Sketch of the medical history of the native army of Bombay, for the year
Year: 1876
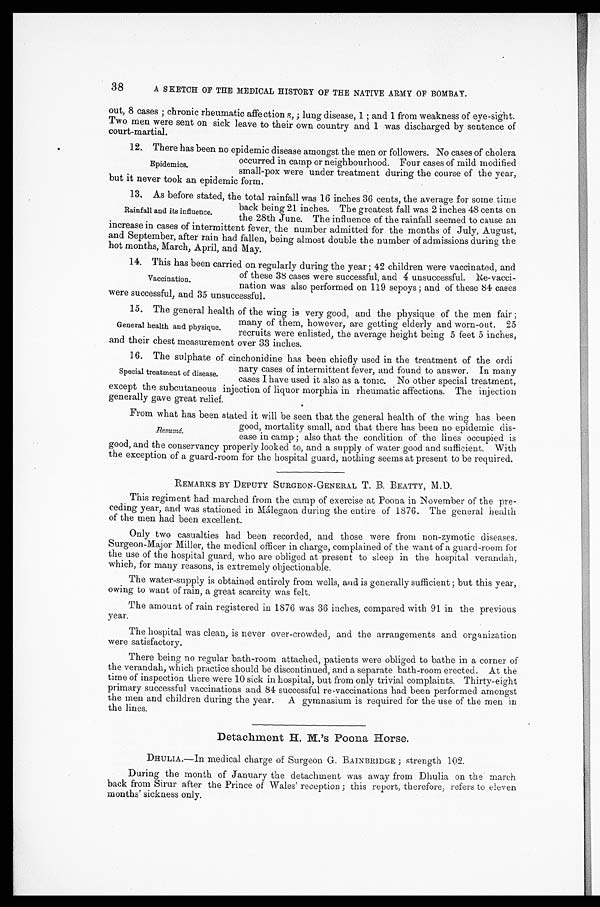
38
A SKETCH OF THE MEDICAL HISTORY OF THE NATIVE ARMY OF BOMBAY.
out, 8 cases; chronic rheumatic affections, ; lung disease, 1; and 1 from weakness of eye-sight.
Two men were sent on sick leave to their own country and 1 was discharged by sentence of
court-martial.
1 2 . T h e r e h a s b e e n n o e p i d e m i c d i s e a s e a m o n g s t t h e m e n o r f o l l o w e r s . N o c a s e s o f c h o l e r a
occurred in camp or neighbourhood. Four cases of mild modified
small-pox were under treatment during the course of the year,
b u t i t n e v e r t o o k a n e p i d e m i c f o r m .
1 3 . A s b e f o r e s t a t e d , t h e t o t a l r a i n f a l l w a s 1 6 i n c h e s 3 6 c e n t s , t h e a v e r a g e f o r s o m e t i m e
back being 21 inches. The greatest fall was 2 inches 48 cents on
the 28th June. The influence of the rainfall seemed to cause an
increase in cases of intermittent fever, the number admitted for the months of July, August,
and September, after rain had fallen, being almost double the number of admissions during the
hot months, March, April, and May.
14. This has been carried on regularly during the year; 42 children were vaccinated, and
of these 38 cases were successful, and 4 unsuccessful. Re-vacci
-nation was also performed on 119 sepoys; and of these 84 cases
were successful, and 35 unsuccessful.
1 5 . T h e g e n e r a l h e a l t h o f t h e w i n g i s v e r y g o o d , a n d t h e p h y s i q u e o f t h e m e n f a i r ;
many of them, however, are getting elderly and worn-out. 25
recruits were enlisted, the average height being 5 feet 5 inches,
and their chest measurement over 33 inches.
16. The sulphate of cinchonidine has been chiefly used in the treatment of the ordi
-nary cases of intermittent fever, and found to answer. In many
cases I have used it also as a tonic. No other special treatment,
except the subcutaneous injection of liquor morphia in rheumatic affections. The injection
generally gave great relief.
From what has been stated it will be seen that the general health of the wing has been
good, mortality small, and that there has been no epidemic dis
-ease in camp; also that the condition of the lines occupied is
good, and the conservancy properly looked to, and a supply of water good and sufficient. With
the exception of a guard-room for the hospital guard, nothing seems at present to be required.
REMARKS BY DEPUTY SURGEON-GENERAL T. B. BEATTY, M.D.
This regiment had marched from the camp of exercise at Poona in November of the pre--
ceding year, and was stationed in Málegaon during the entire of 1876. The general health
of the men had been excellent.
Only two casualties had been recorded, and those were from non-zymotic diseases.
Surgeon-Major Miller, the medical officer in charge, complained of the want of a guard-room for
the use of the hospital guard, who are obliged at present to sleep in the hospital verandah,
which, for many reasons, is extremely objectionable.
The water-supply is obtained entirely from wells, and is generally sufficient; but this year,
owing to want of rain, a great scarcity was felt.
The amount of rain registered in 1876 was 36 inches, compared with 91 in the previous
year.
The hospital was clean, is never over-crowded, and the arrangements and organization
were satisfactory.
There being no regular bath-room attached, patients were obliged to bathe in a corner of
the verandah, which practice should be discontinued, and a separate bath-room erected. At the
time of inspection there were 10 sick in hospital, but from only trivial complaints. Thirty-eight
primary successful vaccinations and 84 successful re-vaccinations had been performed amongst
the men and children during the year. A gymnasium is required for the use of the men in
the lines.
Detachment H. M.'s Poona Horse.
DHULIA.—In medical charge of Surgeon G. BAINBRIDGE; strength 102.
During the month of January the detachment was away from Dhulia on the march
back from Sirur after the Prince of Wales' reception; this report, therefore, refers to eleven
months' sickness only.
Epidemics.
Rainfall and its influence
Vaccination.
General health and physique.
Special treatment of disease.
R e s u m é
.